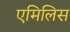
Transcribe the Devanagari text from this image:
एमिलिस